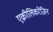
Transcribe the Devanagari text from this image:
एक्रीलिकरेज़िन